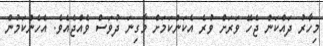
މިހާރު ދައްކަން ޖެހޭ ވަރަށް ވުރެ އެކަންކަމަށް މާގިނަ ދުވަސް ވެއްޖެއެވެ. އެހެންކަމުން